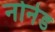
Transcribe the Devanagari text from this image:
नोनेड